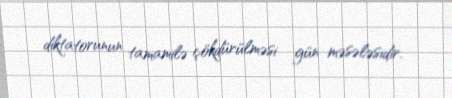
diktatorunun tamamilə çökdürülməsi gün məsələsidir.